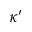
\kappa ^ { \prime }